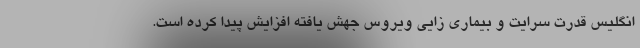
انگلیس قدرت سرایت و بیماری زایی ویروس جهش یافته افزایش پیدا کرده است.